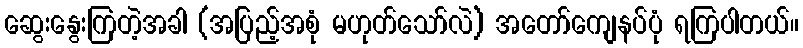
ဆွေးနွေးကြတဲ့အခါ (အပြည့်အစုံ မဟုတ်သော်လဲ) အတော်ကျေနပ်ပုံ ရကြပါတယ်။